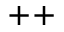
^ { + + }